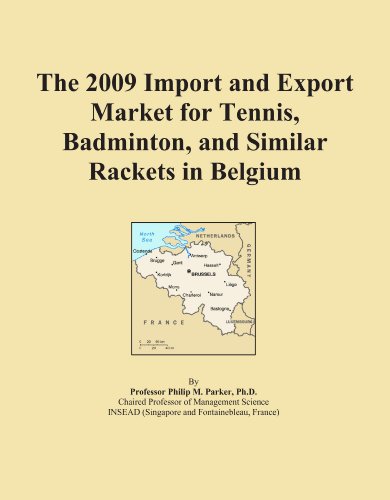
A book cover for The 2009 Import and Export Market for Tennis, Badminton, and Similar Rackets in Belgium; Icon Group International; Sports & Outdoors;